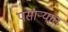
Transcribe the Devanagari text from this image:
पसाऱ्यात